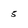
Character: 5